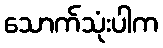
သောက်သုံးပါက